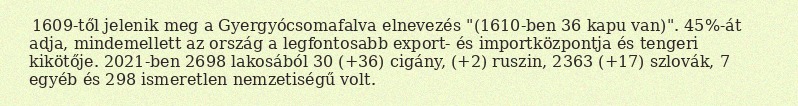
1609-től jelenik meg a Gyergyócsomafalva elnevezés "(1610-ben 36 kapu van)". 45%-át adja, mindemellett az ország a legfontosabb export- és importközpontja és tengeri kikötője. 2021-ben 2698 lakosából 30 (+36) cigány, (+2) ruszin, 2363 (+17) szlovák, 7 egyéb és 298 ismeretlen nemzetiségű volt.